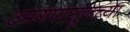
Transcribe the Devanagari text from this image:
उमगपासूनच्या